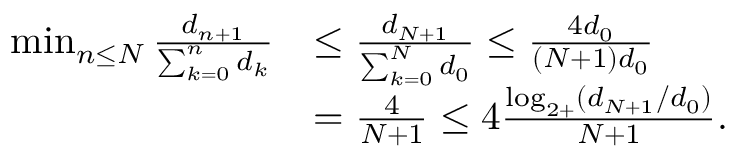
\begin{array} { r l } { \operatorname* { m i n } _ { n \leq N } \frac { d _ { n + 1 } } { \sum _ { k = 0 } ^ { n } d _ { k } } } & { \leq \frac { d _ { N + 1 } } { \sum _ { k = 0 } ^ { N } d _ { 0 } } \leq \frac { 4 d _ { 0 } } { ( N + 1 ) d _ { 0 } } } \\ & { = \frac { 4 } { N + 1 } \leq 4 \frac { \log _ { 2 + } ( d _ { N + 1 } / d _ { 0 } ) } { N + 1 } . } \end{array}